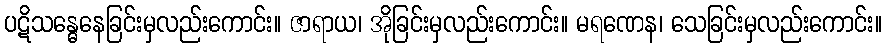
ပဋိသန္ဓေနေခြင်းမှလည်းကောင်း။ ဇာရာယ၊ အိုခြင်းမှလည်းကောင်း။ မရဏေန၊ သေခြင်းမှလည်းကောင်း။